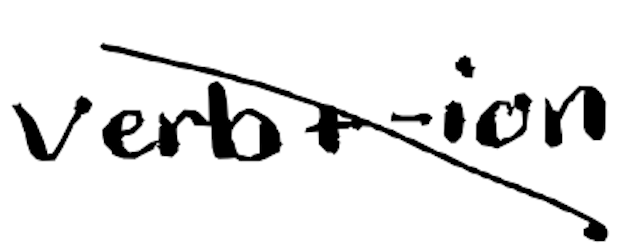
Text: verb+-ion
Cross-out: mix
Writing tool: digital_black